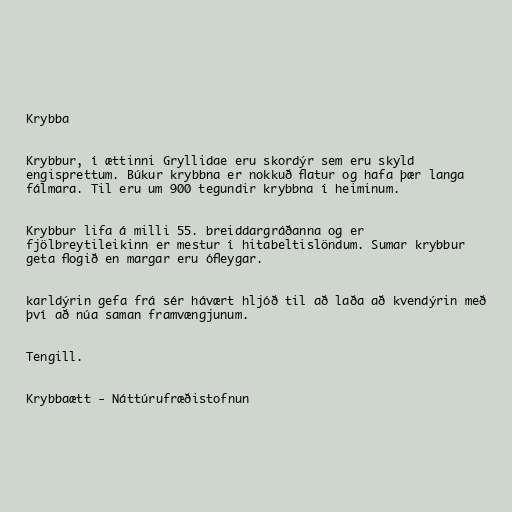
Krybba

Krybbur, í ættinni Gryllidae eru skordýr sem eru skyld
engisprettum. Búkur krybbna er nokkuð flatur og hafa þær langa
fálmara. Til eru um 900 tegundir krybbna í heiminum.

Krybbur lifa á milli 55. breiddargráðanna og er
fjölbreytileikinn er mestur í hitabeltislöndum. Sumar krybbur
geta flogið en margar eru ófleygar.

karldýrin gefa frá sér hávært hljóð til að laða að kvendýrin með
því að núa saman framvængjunum.

Tengill.

Krybbaætt - Náttúrufræðistofnun